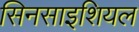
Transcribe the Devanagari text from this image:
सिनसाइशियल